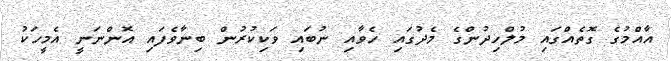
އާއްމުގެ ގޮތެއްގައި މުލްހިދުންގެ މެދުގައި ހެވާއި ނުބައި ވަކިކުރުން ބިނާވެފައި އޮންނަނީ އެމީހަކު